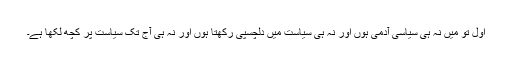
اول تو میں نہ ہی سیاسی آدمی ہوں اور نہ ہی سیاست میں دلچسپی رکھتا ہوں اور نہ ہی آج تک سیاست پر کچھ لکھا ہے۔